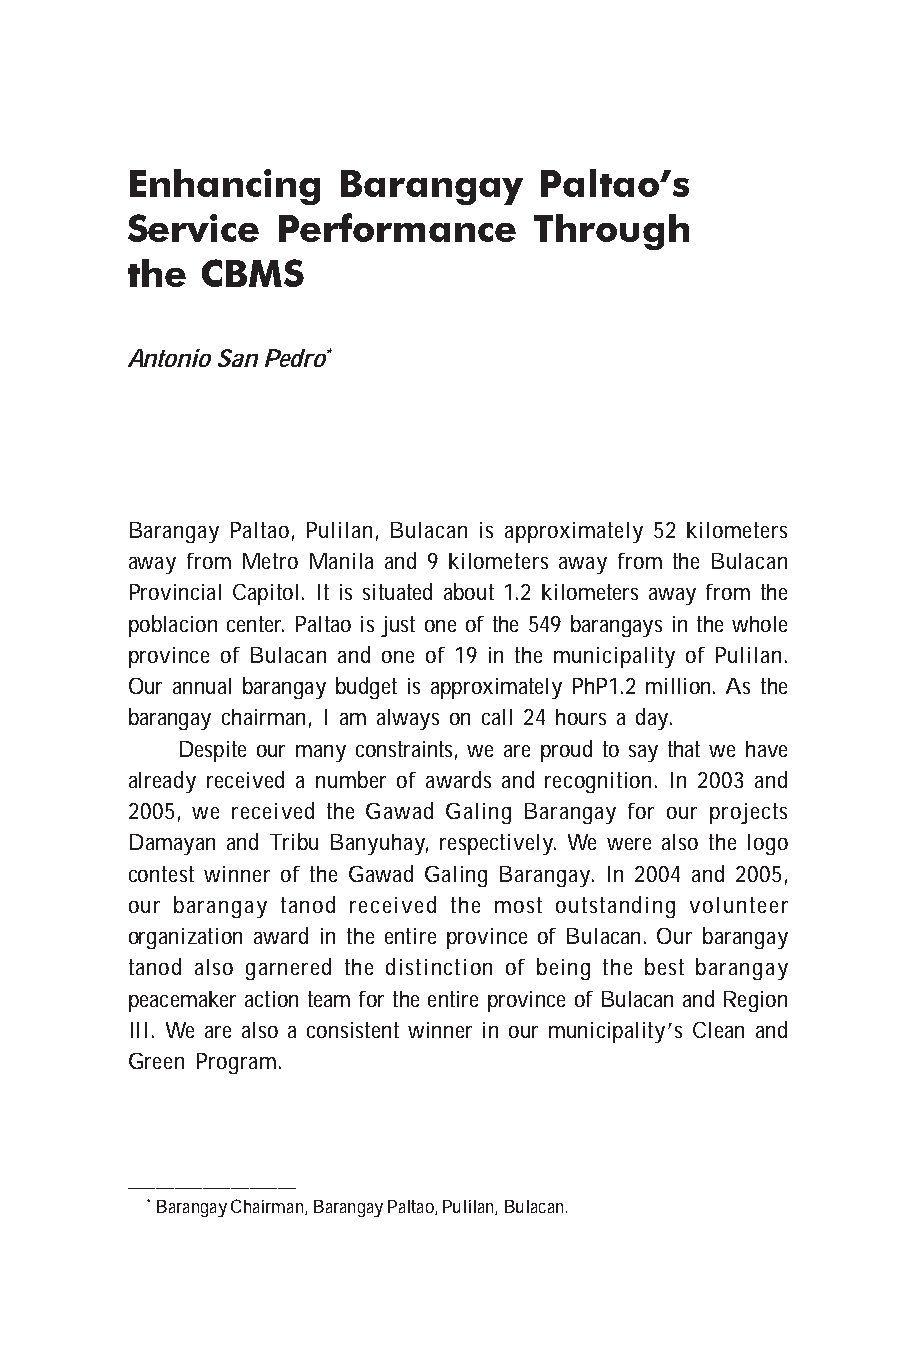
Enhancing     Barangay      Paltao’s
 Service   Performance      Through
 the  CBMS
 Antonio San Pedro*
 Barangay Paltao, Pulilan, Bulacan is approximately 52 kilometers
 away from Metro Manila and 9 kilometers away from the Bulacan
 Provincial Capitol. It is situated about 1.2 kilometers away from the
 poblacion center. Paltao is just one of the 549 barangays in the whole
 province of Bulacan and one of 19 in the municipality of Pulilan.
 Our annual barangay budget is approximately PhP1.2 million. As the
 barangay chairman, I am always on call 24 hours a day.
 Despite our many constraints, we are proud to say that we have
 already received a number of awards and recognition. In 2003 and
 2005, we received the Gawad Galing Barangay for our projects
 Damayan and Tribu Banyuhay, respectively. We were also the logo
 contest winner of the Gawad Galing Barangay. In 2004 and 2005,
 our barangay tanod received the most outstanding volunteer
 organization award in the entire province of Bulacan. Our barangay
 tanod also garnered the distinction of being the best barangay
 peacemaker action team for the entire province of Bulacan and Region
 III. We are also a consistent winner in our municipality’s Clean and
 Green Program.
 __________________
 * Barangay Chairman, Barangay Paltao, Pulilan, Bulacan.